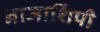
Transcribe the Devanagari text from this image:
नामाशिंपी